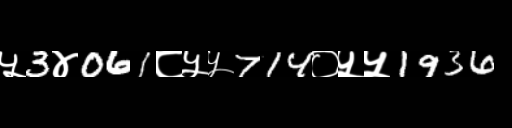
Text: ५3४061८५५714०५५1936